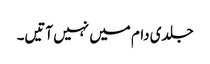
جلدی دام میں نہیں آتیں۔